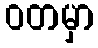
ဝတမှာ